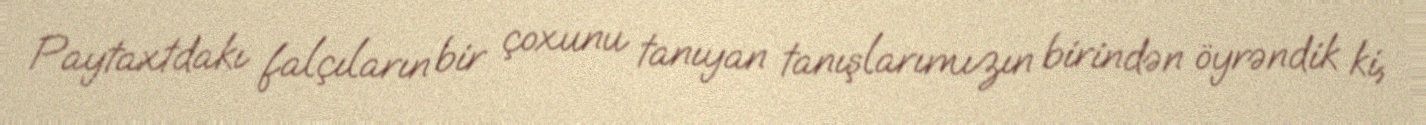
Paytaxtdakı falçıların bir çoxunu tanıyan tanışlarımızın birindən öyrəndik ki,